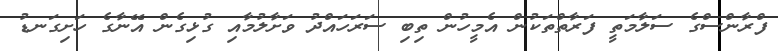
ފްރާންސްގެ ސަލާމަތީ ފަރާތްތަކުން އެމީހުން ތިބި ސަރަހައްދު ވަށާލުމާއި ގުޅިގެން އޭނާގެ ހަށިގަނޑު